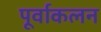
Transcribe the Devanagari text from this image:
पूर्वाकलन